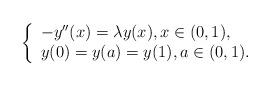
LaTeX: \begin{align*}\left\{\begin{array}{l}-y^{\prime \prime }(x)=\lambda y(x),x\in (0,1), \\y(0)=y(a)=y(1),a\in (0,1).\end{array}\right. \end{align*}